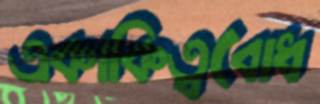
একাকিত্ববোধ